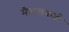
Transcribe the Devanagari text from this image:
मैदालकडी